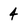
Character: 4